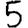
Digit: 5